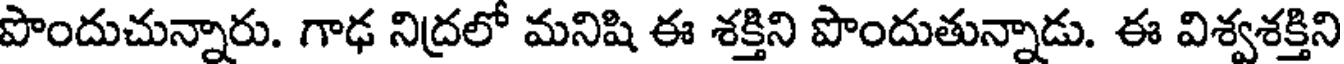
పొందుచున్నారు. గాఢ నిద్రలో మనిషి ఈ శక్తిని పొందుతున్నాడు. ఈ విశ్వశక్తిని